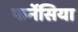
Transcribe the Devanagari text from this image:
फर्नेसिया